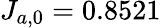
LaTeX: J_{a,0}=0.8521